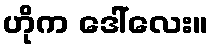
ဟိုက ဒေါ်လေး။